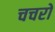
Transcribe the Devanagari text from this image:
चचरो